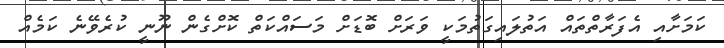
ކަމަށާއި އެފަރާތްތައް އަތުލައިގަތުމަކީ ވަރަށް ބޮޑަށް މަސައްކަތް ކޮށްގެން ނޫނީ ކުރެވޭނެ ކަމެއް